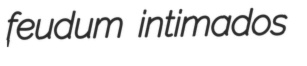
feudum intimados